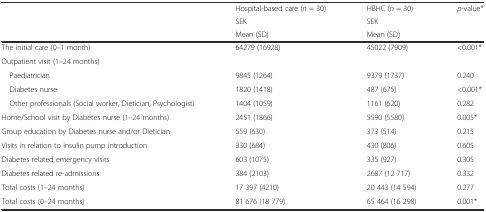
| <ROWSPAN=3>  | Hospital-based care (n = 30) | HBHC (n = 30) | <ROWSPAN=3> p-value* |
 | SEK | SEK |
 | Mean (SD) | Mean (SD) |
 | --- | --- | --- | --- |
 | The initial care (0–1 month) | 64279 (16928) | 45022 (7909) | <0.001* |
 | Outpatient visit (1–24 months) |  |  |  |
 | Paediatrician | 9845 (1264) | 9379 (1737) | 0.240 |
 | Diabetes nurse | 1820 (1418) | 487 (675) | <0.001* |
 | Other professionals (Social worker, Dietician, Psychologist) | 1404 (1059) | 1161 (620) | 0.282 |
 | Home/School visit by Diabetes nurse (1–24 months) | 2451 (1866) | 5590 (5580) | 0.005* |
 | Group education by Diabetes nurse and/or Dietician | 559 (630) | 373 (514) | 0.215 |
 | Visits in relation to insulin pump introduction | 330 (684) | 430 (806) | 0.605 |
 | Diabetes related emergency visits | 603 (1075) | 335 (927) | 0.305 |
 | Diabetes related re-admissions | 384 (2103) | 2687 (12 717) | 0.332 |
 | Total costs (1–24 months) | 17 397 (4210) | 20 443 (14 594) | 0.277 |
 | Total costs (0–24 months) | 81 676 (18 779) | 65 464 (16 298) | 0.001* |